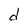
Character: d